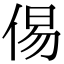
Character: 㑥